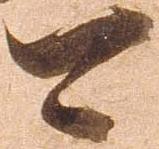
可